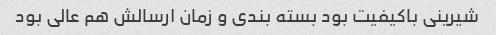
شیرینی باکیفیت بود بسته بندی و زمان ارسالش هم عالی بود